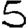
Digit: 5